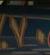
.